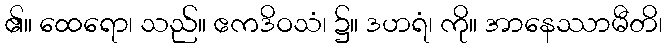
၏။ ထေရော၊ သည်။ ဧကဒိဝသံ၊ ၌။ ဒဟရံ၊ ကို။ အာနေဿာမီတိ၊